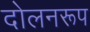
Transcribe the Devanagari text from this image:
दोलनरूप